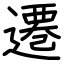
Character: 遷